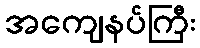
အကျေနပ်ကြီး